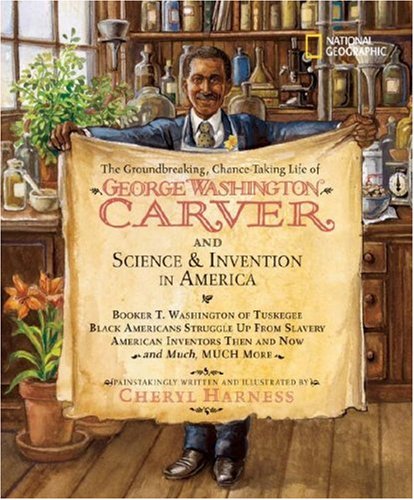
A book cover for The Groundbreaking, Chance-Taking Life of George Washington Carver and Science and Invention in America (Cheryl Harness Histories); Cheryl Harness; Children's Books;